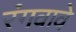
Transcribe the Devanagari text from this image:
रंगवावे